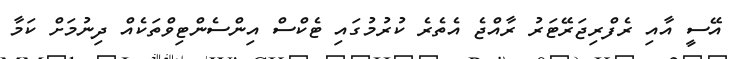
އޭސީ އާއި ރެފްރިޖަރޭޓަރު ރާއްޖެ އެތެރެ ކުރުމުގައި ޓެކްސް އިންސެންޓިވްތަކެއް ދިނުމަށް ކަމާ